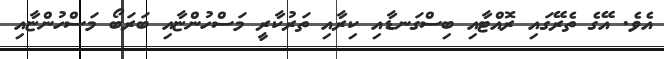
އެވެ. އޭގެ ތެރޭގައި ރޮއްޓާއި ބިސްގަނޑާއި ކިރާއި ތަރުކާރީ މަސްހުންޏާއި ބަރަބޯ މަސްހުންޏާއި